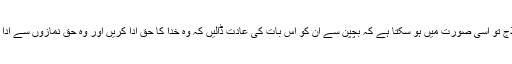
اُن کا علاج تو اسی صورت میں ہو سکتا ہے کہ بچپن سے اُن کو اس بات کی عادت ڈالیں کہ وہ خدا کا حق ادا کریں اور وہ حق نمازوں سے ادا ہوتا ہے۔